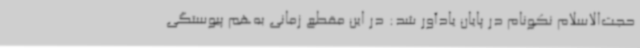
حجت‌الاسلام نکونام در پایان یادآور شد: در این مقطع زمانی به‌هم پیوستگی